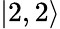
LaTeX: \left|2,2\right\rangle